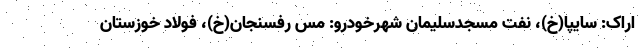
اراک:‌ سایپا(خ)، نفت مسجدسلیمان شهرخودرو: مس رفسنجان(خ)، فولاد خوزستان